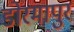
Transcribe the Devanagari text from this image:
डोरमापुर